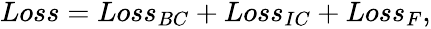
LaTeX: \begin{array}{r}{Loss=Loss_{BC}+Loss_{IC}+Loss_{F},}\end{array}